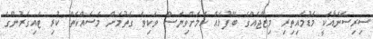
ސިރިސޭނާއަކީ މަޑުމައިތިރި މިޒާޖެއްގެ ބޭފުޅެއް ކަމަށްވިޔަސް ވަކިވެ ގަތުމަށް މަސައްކަތް ކުރި ޓައިގަރުންގެ